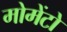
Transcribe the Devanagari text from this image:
मोमेंटो